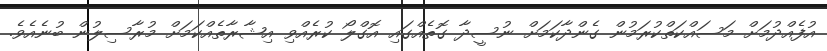
އުފެއްދުމަށް މަސައްކަތްކުރަމުން ގެންދާކަމަށް ނުސީދާ ގޮތެއްގައި އޮގްލޯ ކުރެއްވި އިޝާރާތެއްކަމަށް މުރާސިލުން ބުނެއެވެ.